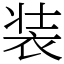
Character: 装